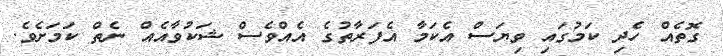
ގޮތެއް ހެދި ކަމުގައި ވިޔަސް އެކަމާ އެފަރާތުގެ އެއްވެސް ޝަކުވާއެއް ނެތް ކަމަށެވެ.